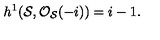
h ^ { 1 } ( { \cal S } , { \cal O } _ { \cal S } ( - i ) ) = i - 1 .